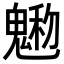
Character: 𩳩